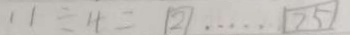
1 1 \div 4 = 2 \cdots 2 5